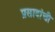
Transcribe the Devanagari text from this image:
प्रसादांची